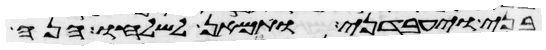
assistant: בני ויעבדני ותמאן לשלחו הנה